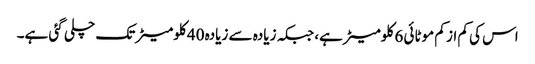
اس کی کم از کم موٹائی 6 کلومیٹر ہے، جبکہ زیادہ سے زیادہ 40 کلومیٹر تک چلی گئی ہے۔